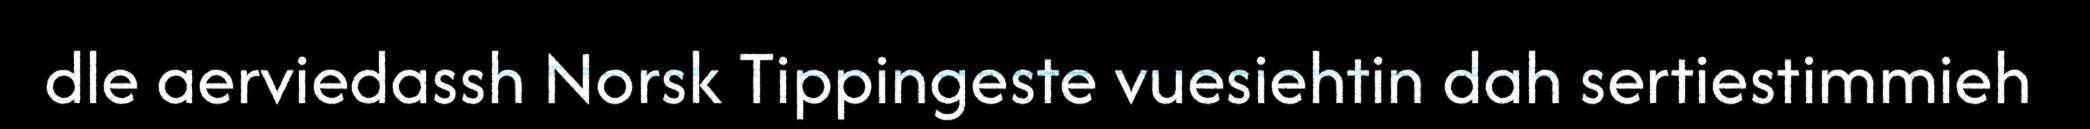
dle aerviedassh Norsk Tippingeste vuesiehtin dah sertiestimmieh